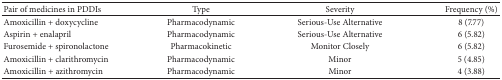
<table><thead><tr><td><b>Pair of medicines in PDDIs</b></td><td><b>Type</b></td><td><b>Severity </b></td><td><b>Frequency (%)</b></td></tr></thead><tbody><tr><td>Amoxicillin + doxycycline</td><td>Pharmacodynamic</td><td>Serious-Use Alternative</td><td>8 (7.77)</td></tr><tr><td>Aspirin + enalapril</td><td>Pharmacodynamic</td><td>Serious-Use Alternative</td><td>6 (5.82)</td></tr><tr><td>Furosemide + spironolactone</td><td>Pharmacokinetic</td><td>Monitor Closely</td><td>6 (5.82)</td></tr><tr><td>Amoxicillin + clarithromycin</td><td>Pharmacodynamic</td><td>Minor</td><td>5 (4.85)</td></tr><tr><td>Amoxicillin + azithromycin</td><td>Pharmacodynamic</td><td>Minor</td><td>4 (3.88)</td></tr></tbody></table>